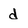
Character: d